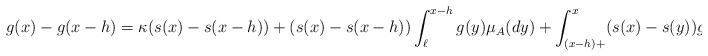
LaTeX: \begin{align*}g(x)-g(x-h)=\kappa(s(x)-s(x-h)) +(s(x)-s(x-h))\int_{\ell}^{x-h}g(y)\mu_A(dy) + \int_{(x-h)+}^{x}(s(x)-s(y))g(y)\mu_A(dy),\end{align*}